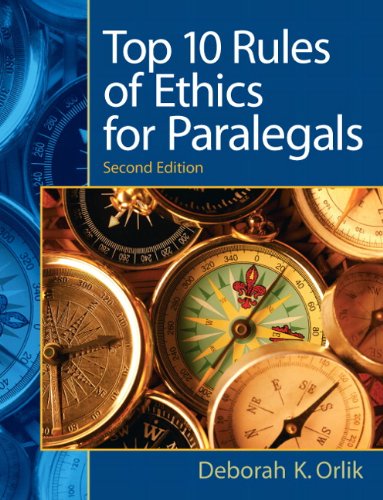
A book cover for Top 10  Rules of Ethics for Paralegals (2nd Edition); Deborah K. Orlik; Law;